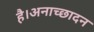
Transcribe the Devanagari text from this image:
है।अनाच्छादन